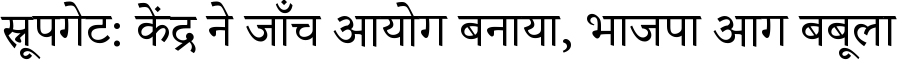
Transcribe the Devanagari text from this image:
स्नूपगेट: केंद्र ने जाँच आयोग बनाया, भाजपा आग बबूला